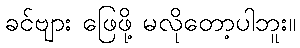
ခင်ဗျား ဖြေဖို့ မလိုတော့ပါဘူး။